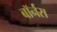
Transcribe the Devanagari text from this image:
बॉर्नस